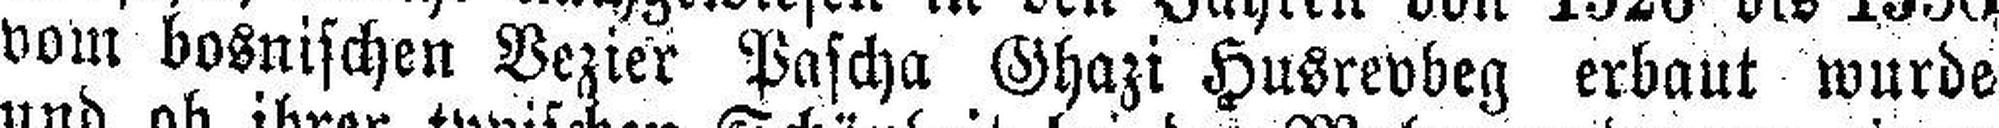
vom bosnischen Vezier Pascha Ghazi Husrevbeg erbaut wurde